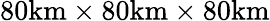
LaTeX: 80\textup{km}\times 80\textup{km}\times 80\textup{km}